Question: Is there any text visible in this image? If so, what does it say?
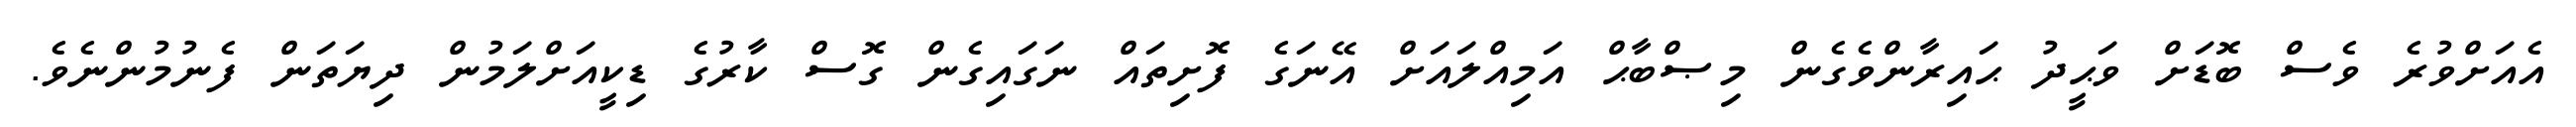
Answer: އެއަށްވުރެ ވެސް ބޮޑަށް ވަޙީދު ޙައިރާންވެގެން މިޞްބާޙް އަމިއްލައަށް އޭނަގެ ފޮށިތައް ނަގައިގެން ގޮސް ކާރުގެ ޑިކީއަށްލަމުން ދިޔަތަން ފެނުމުންނެވެ.